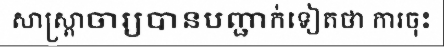
សាស្ត្រាចារ្យបានបញ្ជាក់ទៀតថា ការចុះ